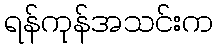
ရန်ကုန်အသင်းက